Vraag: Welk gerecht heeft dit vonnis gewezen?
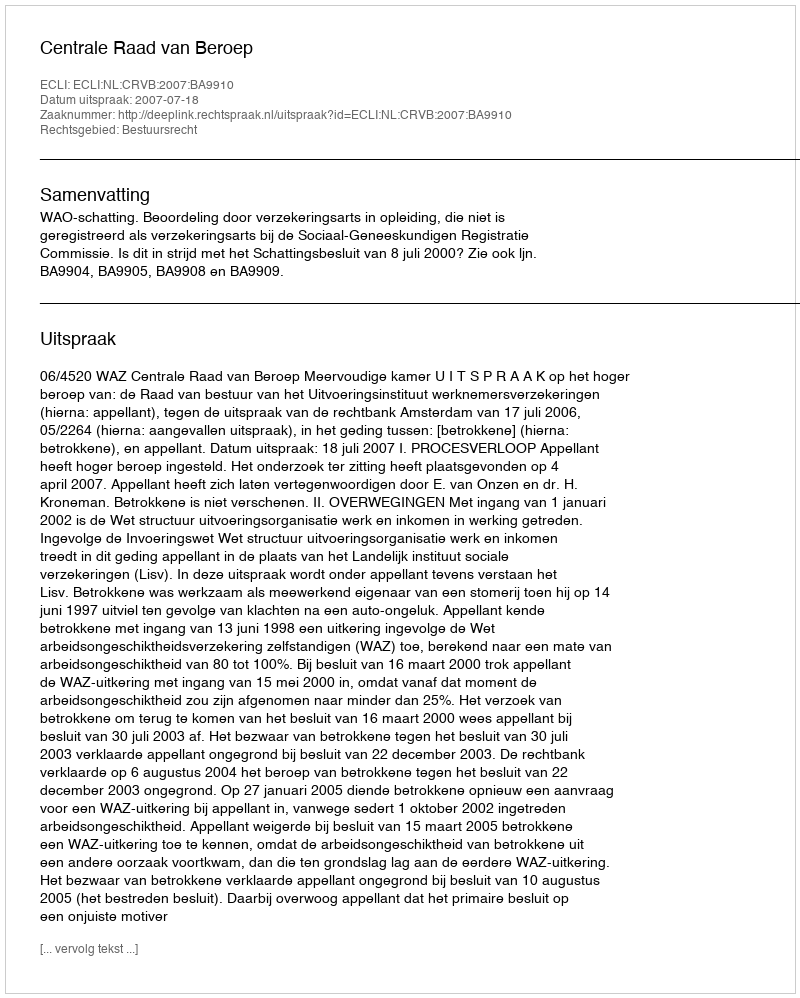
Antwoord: Centrale Raad van Beroep